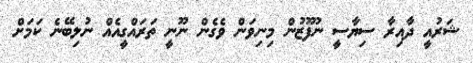
ޝަރުއީ ދާއިރާ ސިޔާސީ ނުފޫޒުން މިނިވަން ވެގެން ނޫނީ ތަރައްގީއެއް ނުލިބޭނެ ކަމަށް